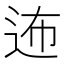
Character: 𲅓